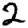
Digit: 2